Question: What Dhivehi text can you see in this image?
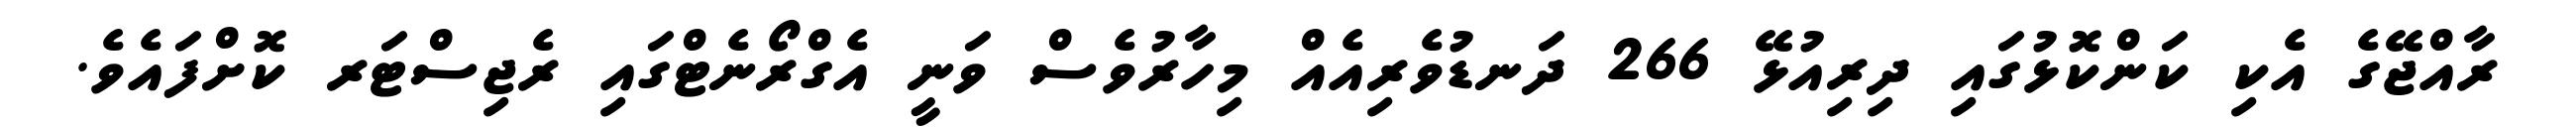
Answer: ރާއްޖޭގެ އެކި ކަންކޮޅުގައި ދިރިއުޅޭ 266 ދަނޑުވެރިއެއް މިހާރުވެސް ވަނީ އެގްރޯނެޓްގައި ރެޖިސްޓަރ ކޮށްފައެވެ.